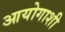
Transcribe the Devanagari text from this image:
आयोगाशी